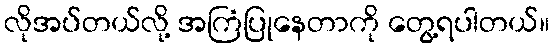
လိုအပ်တယ်လို့ အကြံပြုနေတာကို တွေ့ရပါတယ်။